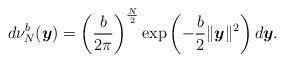
LaTeX: \begin{align*}d\nu_N^b(\boldsymbol{y})=\left( \frac{b}{2 \pi} \right)^{\frac{N}{2}} \exp \left( -\frac{b}{2} \| \boldsymbol{y} \|^2 \right)d\boldsymbol{y}.\end{align*}